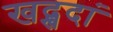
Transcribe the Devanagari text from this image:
खद्खदां